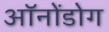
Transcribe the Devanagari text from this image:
ऑनोंडोग